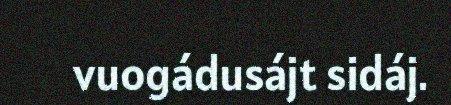
vuogádusájt sidáj.